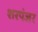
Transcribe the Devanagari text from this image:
शरपंजर